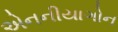
એનનીયાગોન